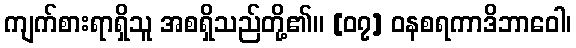
ကျက်စားရာရှိသူ အစရှိသည်တို့၏။ [၀၇] ဝနစရကာဒိဘာဝေါ၊